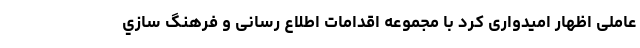
عاملی اظهار امیدواری کرد با مجموعه اقدامات اطلاع رسانی و فرهنگ سازي